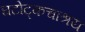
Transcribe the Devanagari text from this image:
घटोट्कचाश्रय